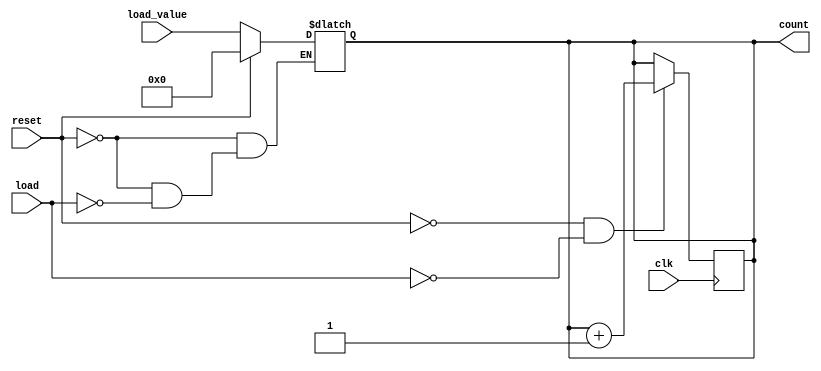
module loadable_counter (
    input wire clk,              // Clock input
    input wire load,             // Load control signal
    input wire [3:0] load_value, // Value to load into the counter
    input wire reset,            // Asynchronous reset signal
    output reg [3:0] count       // Current count output
);

// Asynchronous reset
always @(*) begin
    if (reset) begin
        count = 4'b0000;         // Reset count to 0
    end else if (load) begin
        count = load_value;      // Load new value into count
    end
end

// Synchronous counting
always @(posedge clk) begin
    if (!reset && !load) begin
        count <= count + 1;      // Increment count on clock edge
    end
end

endmodule